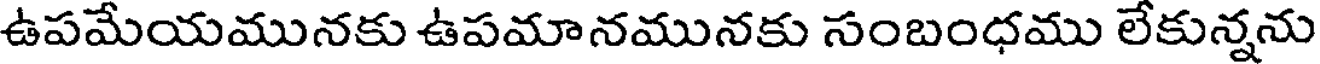
ఉపమేయమునకు ఉపమానమునకు సంబంధము లేకున్నను